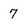
Character: 7